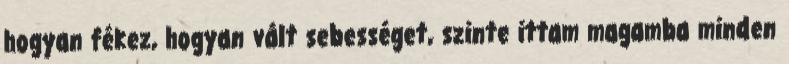
hogyan fékez, hogyan vált sebességet, szinte ittam magamba minden